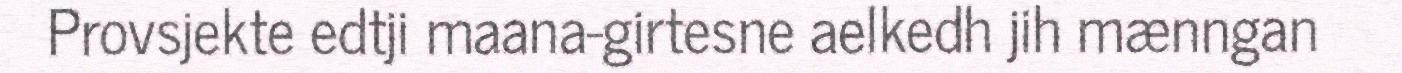
Provsjekte edtji maana-girtesne aelkedh jih mænngan